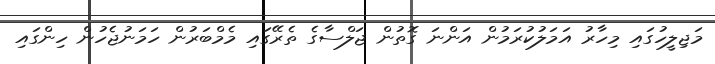
މަޖިލީހުގައި މިހާރު އަމަލުކުރަމުން އަންނަ ގޮތުން ޖަލްސާގެ ތެރޭގައި މެމްބަރުން ހަމަނުޖެހުން ހިންގައި